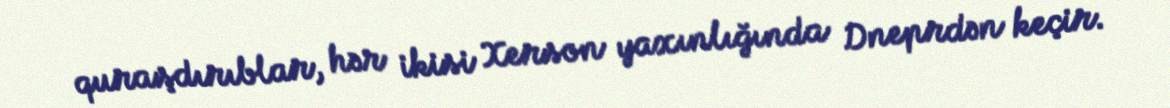
quraşdırıblar, hər ikisi Xerson yaxınlığında Dneprdən keçir.